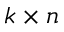
k \times n